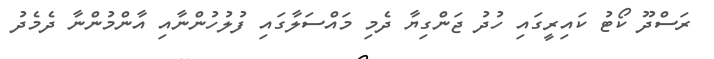
ރަސްދޫ ކޯޓު ކައިރީގައި ހުދު ޖަންގިޔާ ދެމި މައްސަލާގައި ފުލުހުންނާއި އާންމުންނާ ދެމެދު